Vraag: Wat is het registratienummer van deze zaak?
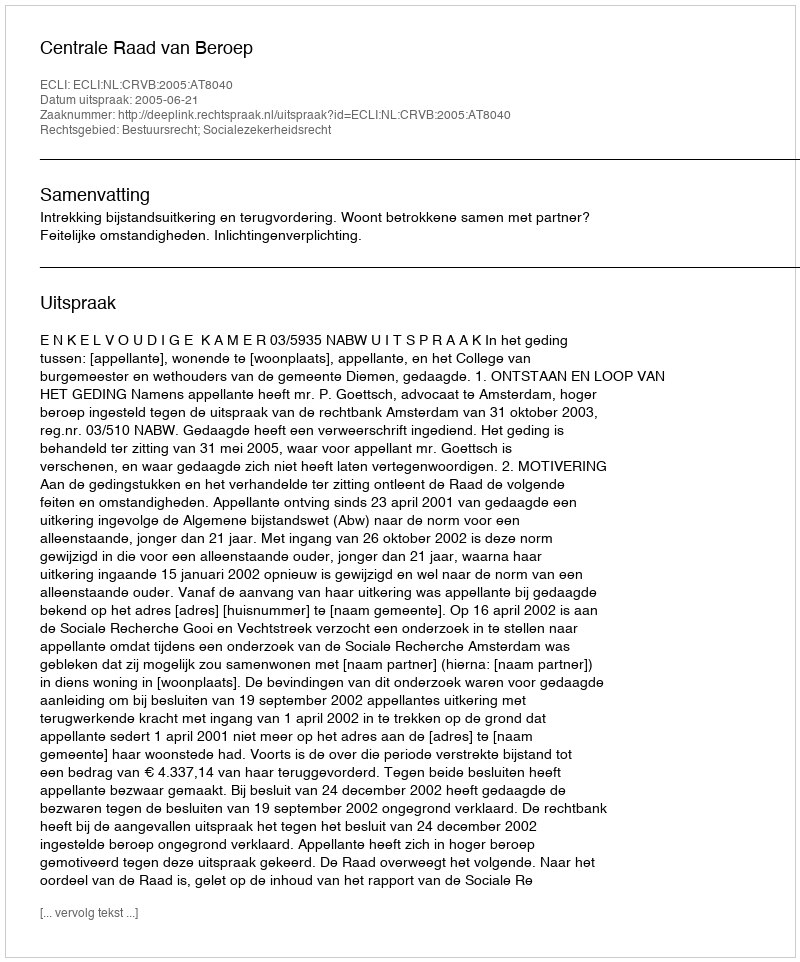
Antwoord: http://deeplink.rechtspraak.nl/uitspraak?id=ECLI:NL:CRVB:2005:AT8040